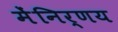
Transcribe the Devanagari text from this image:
मेंनिर्णय